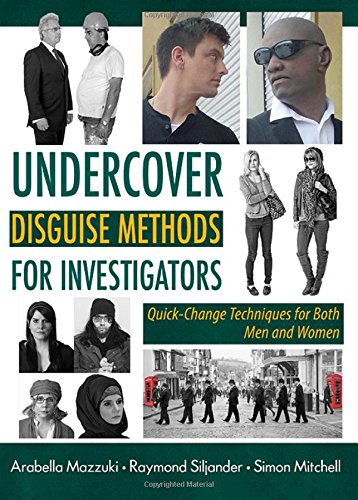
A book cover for Undercover Disguise Methods for Investigators; Arabella Mazzuki; Biographies & Memoirs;